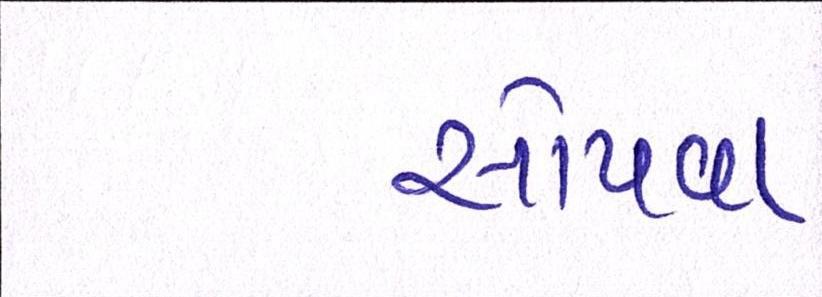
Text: સોંપવા